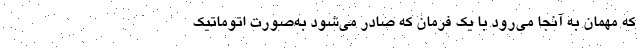
که مهمان به آنجا می‌رود با یک فرمان که صادر می‌شود به‌صورت اتوماتیک